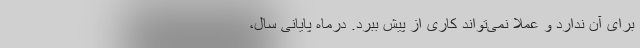
برای آن ندارد و عملا نمی‌تواند کاری از پیش ببرد. در‌ماه پایانی سال،